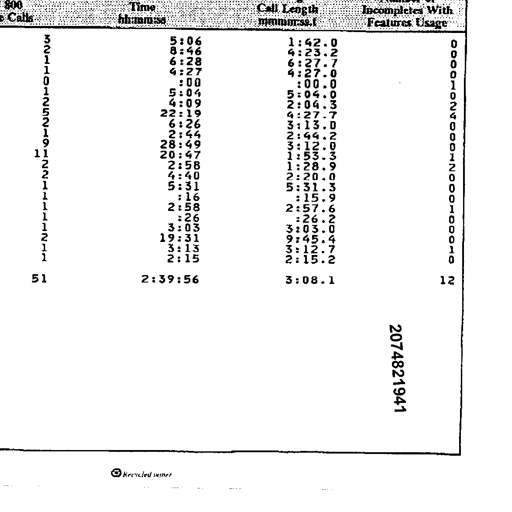
800
Calls
Time
hh:mm:ss
Call Length
mm:mm:ss.t
Number of
Incompletes With
Features Usage
3
2
1
1
0
1
2
5
2
1
9
11
2
2
1
1
1
1
1
2
1
1
51
5:06
8:46
6:28
4:27
:00
5:04
4:09
22:19
6:26
2:44
28:49
20:47
2:58
4:40
5:31
:16
2:58
:26
3:03
19:31
3:13
2:15
2:39:56
1:42.0
4:23.2
6:27.7
4:27.0
:00.0
5:04.0
2:04.3
4:27.7
3:13.0
2:44.2
3:12.0
1:53.3
1:28.9
2:20.0
5:31.3
:15.9
2:57.6
:26.2
3:03.0
9:45.4
3:12.7
2:15.2
3:08.1
0
0
0
0
1
0
2
4
0
0
0
1
2
0
0
0
1
0
0
0
1
0
12
2074821941
Recycled paper